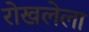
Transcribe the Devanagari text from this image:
रोखलेला